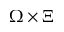
\Omega \times \Xi